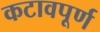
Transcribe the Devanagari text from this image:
कटावपूर्ण